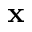
\mathbf { x }